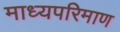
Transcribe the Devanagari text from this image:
माध्यपरिमाण